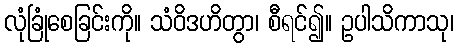
လုံခြုံစေခြင်းကို။ သံဝိဒဟိတွာ၊ စီရင်၍။ ဥပါသိကာသု၊